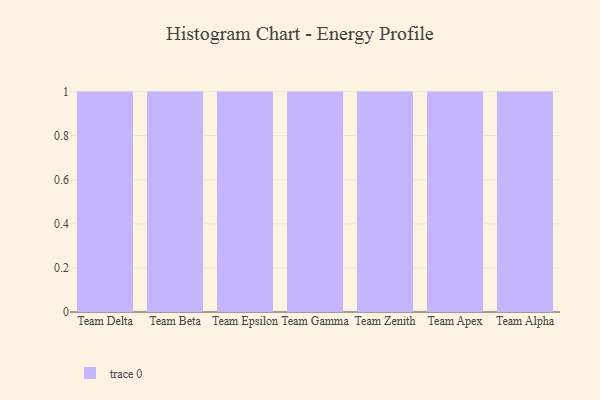
{"axis": {"x": "Team", "y": "Population (Million)"}, "legend": [""], "data": [{"x": "Team Delta", "y": 28, "type": ""}, {"x": "Team Beta", "y": 66, "type": ""}, {"x": "Team Epsilon", "y": 52, "type": ""}, {"x": "Team Gamma", "y": 74, "type": ""}, {"x": "Team Zenith", "y": 98, "type": ""}, {"x": "Team Apex", "y": 50, "type": ""}, {"x": "Team Alpha", "y": 49, "type": ""}]}